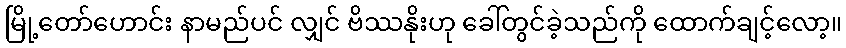
မြို့တော်ဟောင်း နာမည်ပင် လျှင် ဗိဿနိုးဟု ခေါ်တွင်ခဲ့သည်ကို ထောက်ချင့်လော့။